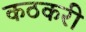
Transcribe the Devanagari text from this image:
कठकरी